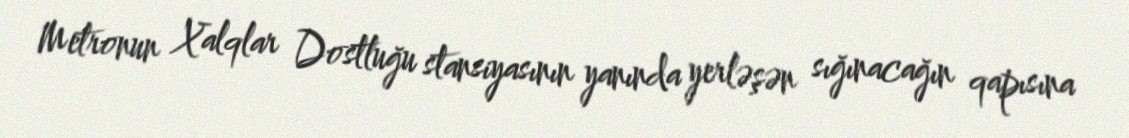
Metronun Xalqlar Dostluğu stansiyasının yanında yerləşən sığınacağın qapısına